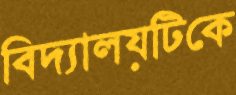
বিদ্যালয়টিকে